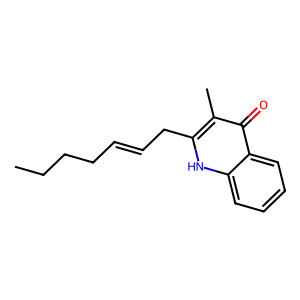
SMILES: CCCCC=CCc1[nH]c2ccccc2c(=O)c1C
Inhibits HIV replication: No